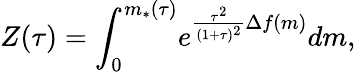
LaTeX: \begin{array}{ccc}{\displaystyle{Z(\tau)=\int_{0}^{m_{*}(\tau)}\! e^{\frac{\tau^{2}}{(1+\tau)^{2}}\Delta f(m)}dm,}}\end{array}